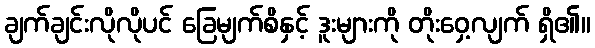
ချက်ချင်းလိုလိုပင် ခြေမျက်စိနှင့် ဒူးများကို တိုးဝှေ့လျက် ရှိ၏။